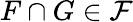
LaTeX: F\cap G\in{\mathcal{F}}